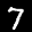
Label: 7